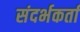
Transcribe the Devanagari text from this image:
संदर्भकर्ता